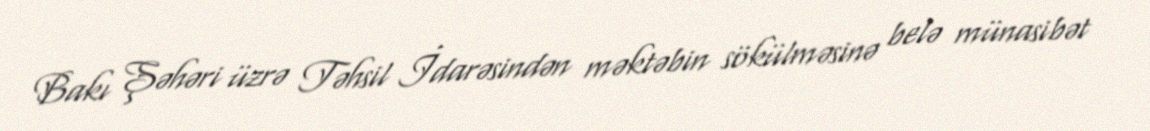
Bakı Şəhəri üzrə Təhsil İdarəsindən məktəbin sökülməsinə belə münasibət